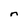
Character: n